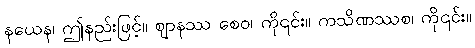
နယေန၊ ဤနည်းဖြင့်။ ဈာနဿ စေဝ၊ ကို၎င်း။ ကသိဏဿစ၊ ကို၎င်း။